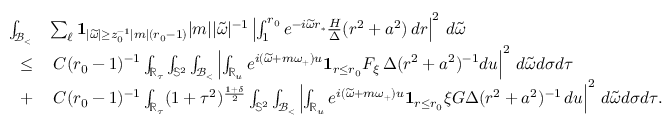
\begin{array} { r l } { \int _ { { \mathcal { B } _ { < } } } } & { \sum _ { \ell } \mathbf { 1 } _ { | \widetilde { \omega } | \geq z _ { 0 } ^ { - 1 } | m | ( r _ { 0 } - 1 ) } | m | | \widetilde { \omega } | ^ { - 1 } \left| \int _ { 1 } ^ { r _ { 0 } } e ^ { - i \widetilde { \omega } r _ { * } } \frac { H } { \Delta } ( r ^ { 2 } + a ^ { 2 } ) \, d r \right| ^ { 2 } \, d \widetilde { \omega } } \\ { \leq } & { \: C ( r _ { 0 } - 1 ) ^ { - 1 } \int _ { \mathbb { R } _ { \tau } } \int _ { \mathbb { S } ^ { 2 } } \int _ { { \mathcal { B } _ { < } } } \left| \int _ { \mathbb { R } _ { u } } e ^ { i ( \widetilde { \omega } + m \omega _ { + } ) u } \mathbf { 1 } _ { r \leq r _ { 0 } } F _ { \xi } \, \Delta ( r ^ { 2 } + a ^ { 2 } ) ^ { - 1 } d u \right| ^ { 2 } \, d \widetilde { \omega } d \sigma d \tau } \\ { + } & { \: C ( r _ { 0 } - 1 ) ^ { - 1 } \int _ { \mathbb { R } _ { \tau } } ( 1 + \tau ^ { 2 } ) ^ { \frac { 1 + \delta } { 2 } } \int _ { \mathbb { S } ^ { 2 } } \int _ { { \mathcal { B } _ { < } } } \left| \int _ { \mathbb { R } _ { u } } e ^ { i ( \widetilde { \omega } + m \omega _ { + } ) u } \mathbf { 1 } _ { r \leq r _ { 0 } } \xi G \Delta ( r ^ { 2 } + a ^ { 2 } ) ^ { - 1 } \, d u \right| ^ { 2 } \, d \widetilde { \omega } d \sigma d \tau . } \end{array}